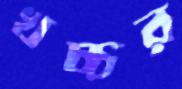
খচ্চর